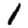
Digit: 1